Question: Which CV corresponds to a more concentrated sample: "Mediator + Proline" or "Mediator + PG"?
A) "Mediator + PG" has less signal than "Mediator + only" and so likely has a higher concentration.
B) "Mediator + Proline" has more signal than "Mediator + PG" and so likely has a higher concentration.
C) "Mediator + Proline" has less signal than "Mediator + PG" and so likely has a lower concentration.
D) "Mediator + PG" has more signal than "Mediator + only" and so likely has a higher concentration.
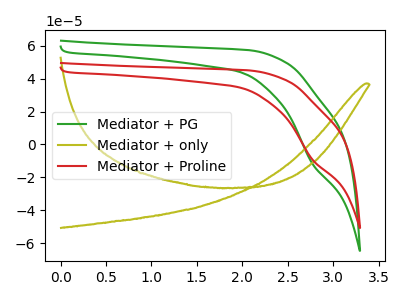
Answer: <think>The green curve "Mediator + PG" has a cathodic peak at: (2.75V, -11.80uA). The olive curve "Mediator + only" has no peaks. The red curve "Mediator + Proline" has a cathodic peak at: (2.75V, -9.25uA).
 All the peaks in "Mediator + Proline" have a peak in "Mediator + PG" at the same potential. Every peak in "Mediator + Proline" is lower than every peak in "Mediator + PG".</think>
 <answer>C) "Mediator + Proline" has less signal than "Mediator + PG" and so likely has a lower concentration.</answer>
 <eval>C</eval>